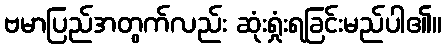
ဗမာပြည်အတွက်လည်း ဆုံးရှုံးရခြင်းမည်ပါ၏။